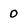
Character: 0